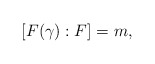
\begin{align*} [F(\gamma):F]=m, \end{align*}